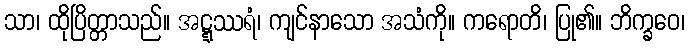
သာ၊ ထိုပြိတ္တာသည်။ အဋ္ဋဿရံ၊ ကျင်နာသော အသံကို။ ကရောတိ၊ ပြု၏။ ဘိက္ခဝေ၊